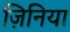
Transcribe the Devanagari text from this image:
ज़िनिया